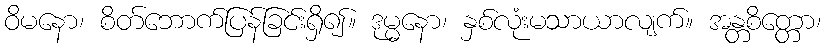
ဝိမနော၊ စိတ်ဘောက်ပြန်ခြင်းရှိ၍။ ဒုမ္မနော၊ နှစ်လုံးမသာယာလျက်။ အန္တစိတ္တော၊